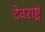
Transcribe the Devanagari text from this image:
देवराष्ट्र